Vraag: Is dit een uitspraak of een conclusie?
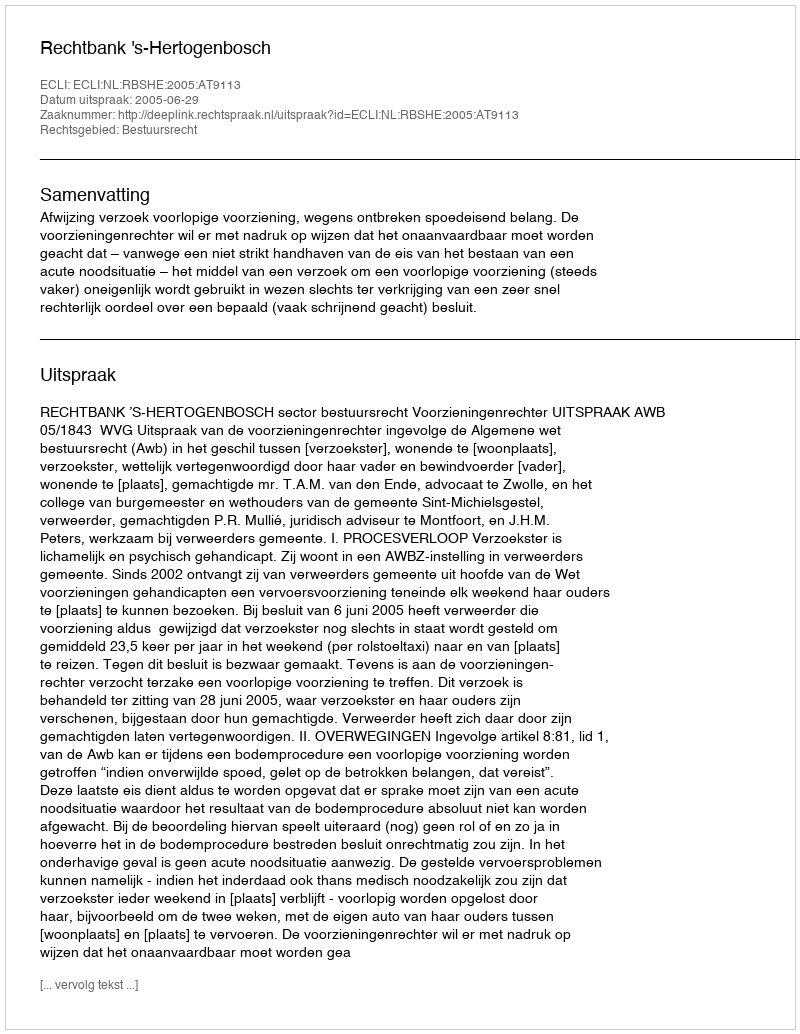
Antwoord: Uitspraak